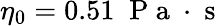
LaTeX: \eta_{0}=0.51\; \mathrm{~P~a~}\cdot\mathrm{~s~}